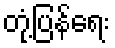
တုံ့ပြန်ရေး